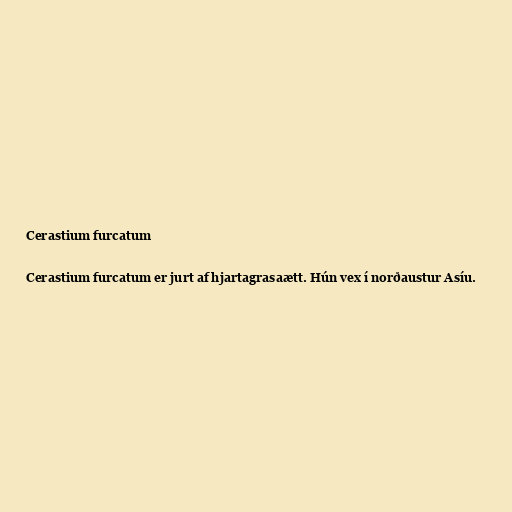
Cerastium furcatum

Cerastium furcatum er jurt af hjartagrasaætt. Hún vex í norðaustur Asíu.